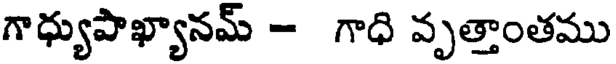
గాధ్యుపాఖ్యానమ్ - గాధి వృత్తాంతము